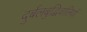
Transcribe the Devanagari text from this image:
दुर्बलबुद्धिवालियों